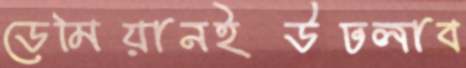
ডেমিয়ানইউঢলাব